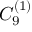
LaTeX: { C } _ { 9 } ^ { ( 1 ) }